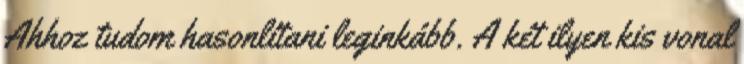
Ahhoz tudom hasonlítani leginkább. A két ilyen kis vonal